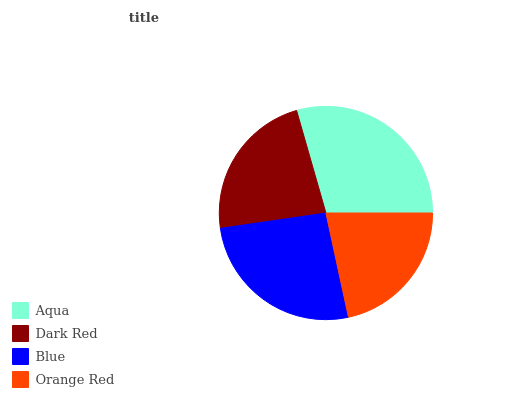
| Aqua | Dark Red | Blue | Orange Red |
 | --- | --- | --- | --- |
 | 29.4% | 22.9% | 26.1% | 21.6% |